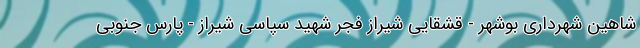
شاهین شهرداری بوشهر - قشقایی شیراز فجر شهید سپاسی شیراز - پارس جنوبی